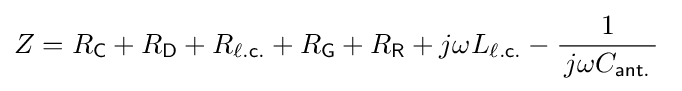
Z=R_{\mathsf {C}}+R_{\mathsf {D}}+R_{\mathsf {\ell .c.}}+R_{\mathsf {G}}+R_{\mathsf {R}}+j\omega L_{\mathsf {\ell .c.}}-{\frac {1}{\,j\omega C_{\mathsf {ant.}}\,}}~